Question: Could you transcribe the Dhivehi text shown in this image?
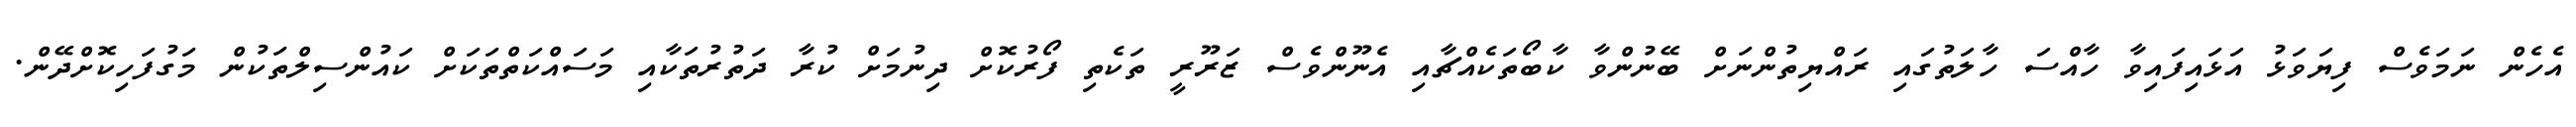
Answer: އެހެން ނަމަވެސް ފިޔަވަޅު އަޅައިފައިވާ ހާއްސަ ހާލަތުގައި ރައްޔިތުންނަށް ބޭނުންވާ ކާބޯތަކެއްޗާއި އެނޫންވެސް ޒަރޫރީ ތަކެތި ފޯރުކޮށް ދިނުމަށް ކުރާ ދަތުރުތަކާއި މަސައްކަތްތަކަށް ކައުންސިލްތަކުން މަގުފަހިކޮށްދޭން.